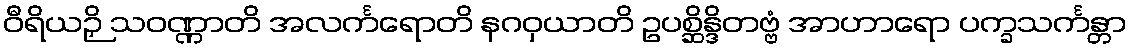
ဝီရိယဉှိ သဝဏ္ဏာတိ အလင်္ကရောတိ နဂဝှယာတိ ဥပစ္ဆိန္ဒိတဗ္ဗံ အာဟာရော ပက္ခသင်္ကန္တာ